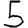
Digit: 5